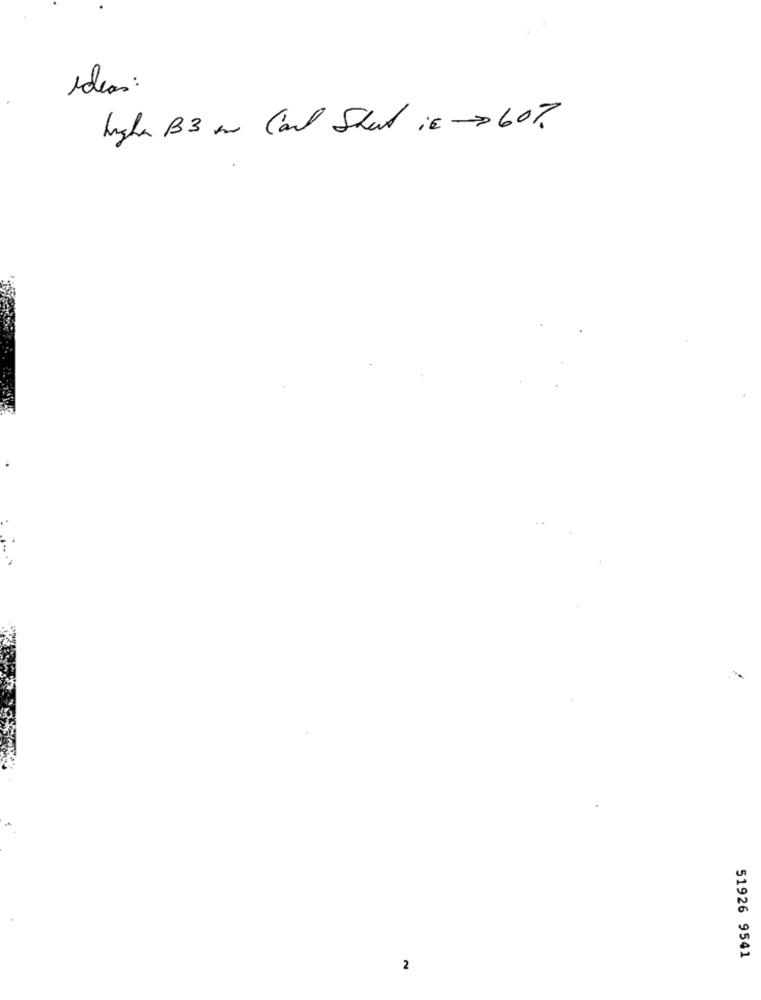
ideas:
higha B3 mm Carl Sheet is- 60%.
51926 9541
2